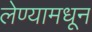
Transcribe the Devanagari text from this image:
लेण्यामधून